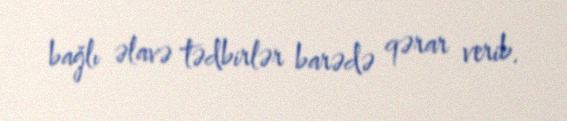
bağlı əlavə tədbirlər barədə qərar verib.